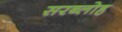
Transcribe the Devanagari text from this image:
सरब्लोह